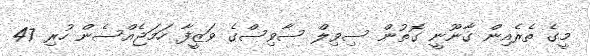
މީގެ ތެރެއިން ގާނޫނީ ގޮތުން ސިވިލް ސާވިސްގެ ވަޒީފާ ހަމަޖެއްސެން ހުރި 47